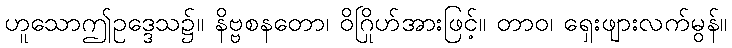
ဟူသောဤဥဒ္ဒေသ၌။ နိဗ္ဗစနတော၊ ဝိဂြိုဟ်အားဖြင့်။ တာဝ၊ ရှေးဖျားလက်မွန်။